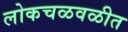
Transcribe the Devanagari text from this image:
लोकचळवळीत